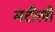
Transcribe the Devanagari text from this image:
मटीली